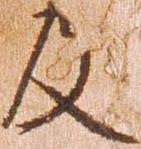
及